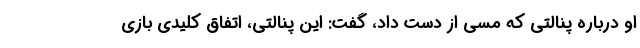
او درباره پنالتی که مسی از دست داد، گفت: این پنالتی، اتفاق کلیدی بازی